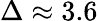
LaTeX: \Delta\approx 3.6